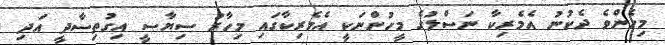
މިހެންވެ ދެކުނު އެމެރިކާ ނަސްލުގެ މީހުންނަކީ އެމެރިކާގައި މިހާރު ސިޔާސީ އިގުތިސާދީ އަދި